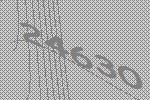
24630